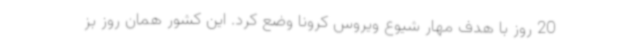
20 روز با هدف مهار شیوع ویروس کرونا وضع کرد. این کشور همان روز بز